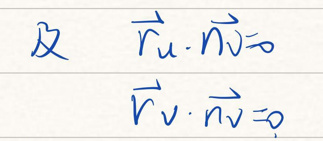
及 \(\vec{u} \cdot \vec{n} = 0\)

\(\vec{v} \cdot \vec{n} = 0\)